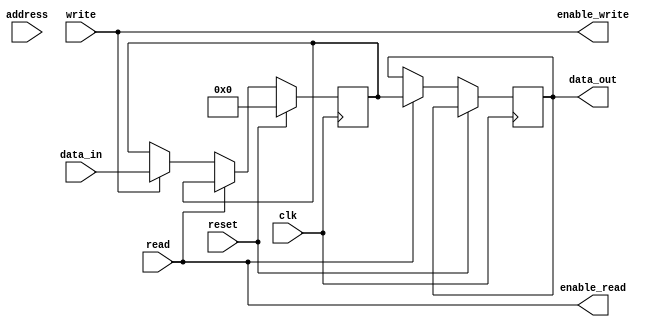
module memory_controller (
    input wire clk,
    input wire reset,
    input wire [31:0] address,
    input wire [31:0] data_in,
    output wire [31:0] data_out,
    input wire read,
    input wire write,
    output wire enable_read,
    output wire enable_write
);

// Address decoding block
// Decodes the memory addresses to determine the physical address within the memory module
// Implementation not included as it will be specific to the memory module used

// Data buffering block
// Stores incoming and outgoing data and manages data transfer between the memory module and the memory controller
reg [31:0] buffer_data;

always @ (posedge clk) begin
    if (reset) begin
        buffer_data <= 32'd0;
    end else begin
        if (read) begin
            data_out <= buffer_data;
        end else if (write) begin
            buffer_data <= data_in;
        end
    end
end

// Control logic block
// Generates control signals for read and write operations and coordinates data transfer
assign enable_read = read;
assign enable_write = write;

endmodule